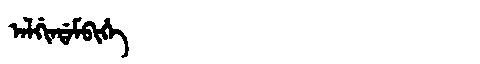
Manchu: ᠠᠯᡤᡳᠨᡩᠠᠮᠪᡳᡥᡝ
Romanization: ALGINDAMBIHE